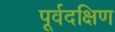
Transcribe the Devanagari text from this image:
पूर्वदक्षिण